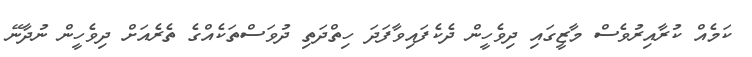
ކަމެއް ކުރާއިރުވެސް މާޒީގައި ދިވެހީން ދެކެފައިވާފަދަ ހިތްދަތި ދުވަސްތަކެއްގެ ތެރެއަށް ދިވެހީން ނުދާނޭ